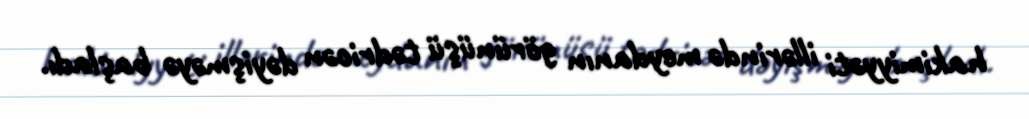
hakimiyyəti illərində meydanın görünüşü tədricən dəyişməyə başladı.